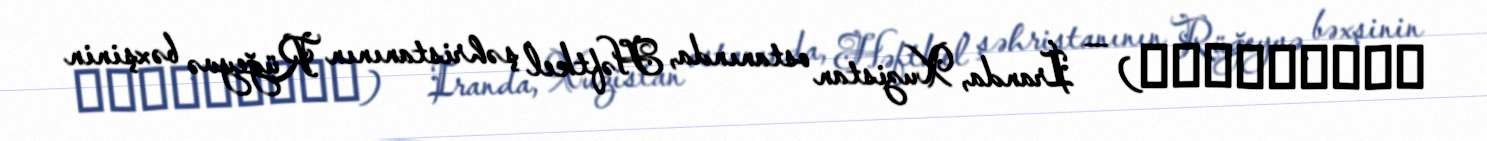
بهمن‌آباد) — İranda, Xuzistan ostanında, Həftkel şəhristanının Rüğeyvə bəxşinin